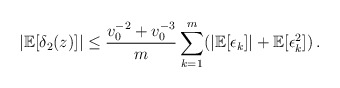
\begin{align*} | \mathbb{E}[\delta_2(z)]| \le \frac{v_0^{-2} + v_0^{-3}}{m} \sum_{k=1}^{m}( | \mathbb{E}[\epsilon_k] | + \mathbb{E}[\epsilon_k^2])\,.\end{align*}